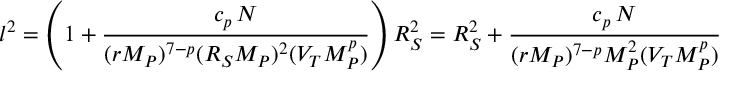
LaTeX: l ^ { 2 } = \left( 1 + { \frac { c _ { p } \, N } { ( r M _ { P } ) ^ { 7 - p } ( R _ { S } M _ { P } ) ^ { 2 } ( V _ { T } M _ { P } ^ { p } ) } } \right) R _ { S } ^ { 2 } = R _ { S } ^ { 2 } + { \frac { c _ { p } \, N } { ( r M _ { P } ) ^ { 7 - p } M _ { P } ^ { 2 } ( V _ { T } M _ { P } ^ { p } ) } }